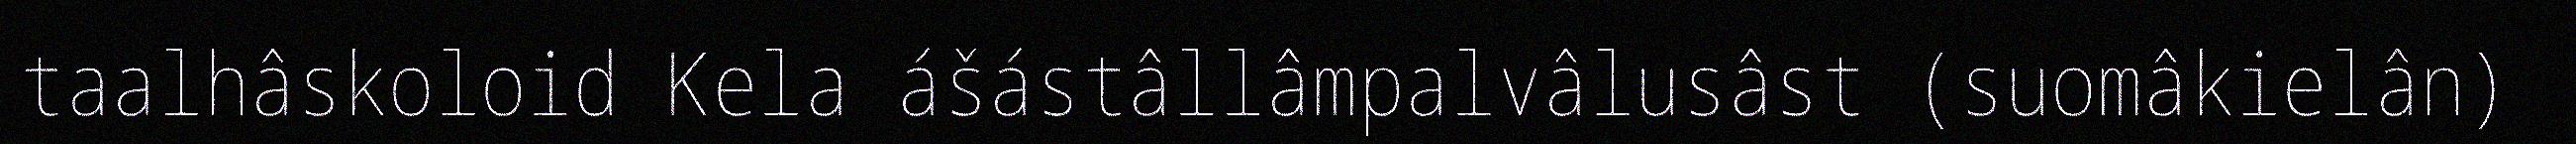
taalhâskoloid Kela ášástâllâmpalvâlusâst (suomâkielân)